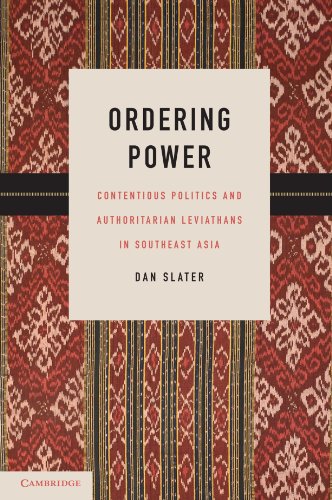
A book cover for Ordering Power: Contentious Politics and Authoritarian Leviathans in Southeast Asia (Cambridge Studies in Comparative Politics); Dan Slater; Law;